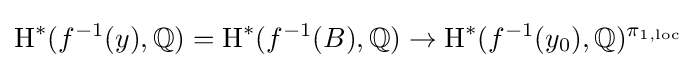
\operatorname {H} ^{*}(f^{-1}(y),\mathbb {Q} )=\operatorname {H} ^{*}(f^{-1}(B),\mathbb {Q} )\to \operatorname {H} ^{*}(f^{-1}(y_{0}),\mathbb {Q} )^{\pi _{1,{\textrm {loc}}}}